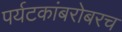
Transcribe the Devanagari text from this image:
पर्यटकांबरोबरच